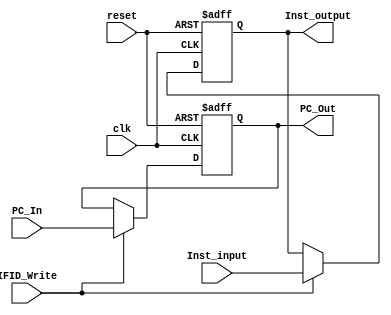
module IFID(clk, reset, PC_In, Inst_input,	Inst_output, PC_Out, IFID_Write);
  
  input wire clk;
  input reset;
  input wire [63:0] PC_In;
  input  [31:0] Inst_input;
  input IFID_Write;
  output reg [31:0]Inst_output;
  output reg [63:0] PC_Out;
  
  always @ (posedge clk or posedge reset)
    begin
    if (reset == 1'b1)
      begin
         PC_Out <= 0; 
         Inst_output <= 0;
      end
    else if (~IFID_Write) 
        begin
          PC_Out <= PC_Out;
          Inst_output <= Inst_output;
        end
     else 
       begin
         PC_Out = PC_In;
         Inst_output <= Inst_input;
       end
    end
endmodule